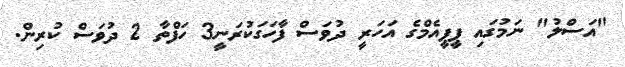
"އަސްލު" ނަމުގައި ޕީޕީއެމްގެ އަހަރީ ދުވަސް ފާހަގަކުރަނީ3 ހަފްތާ 2 ދުވަސް ކުރިން.